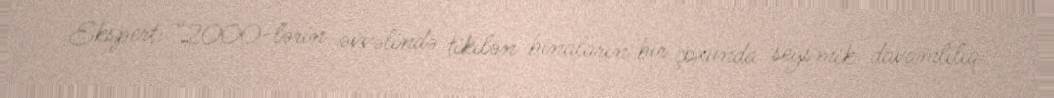
Ekspert: “2000-lərin əvvəlində tikilən binaların bir çoxunda seysmik davamlılıq